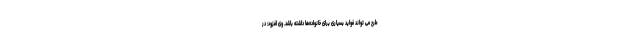
طرح می تواند فواید بسیاری برای خانواده‌ها داشته باشد. وی افزود: در